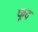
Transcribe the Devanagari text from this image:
फूद